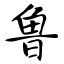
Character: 鲁